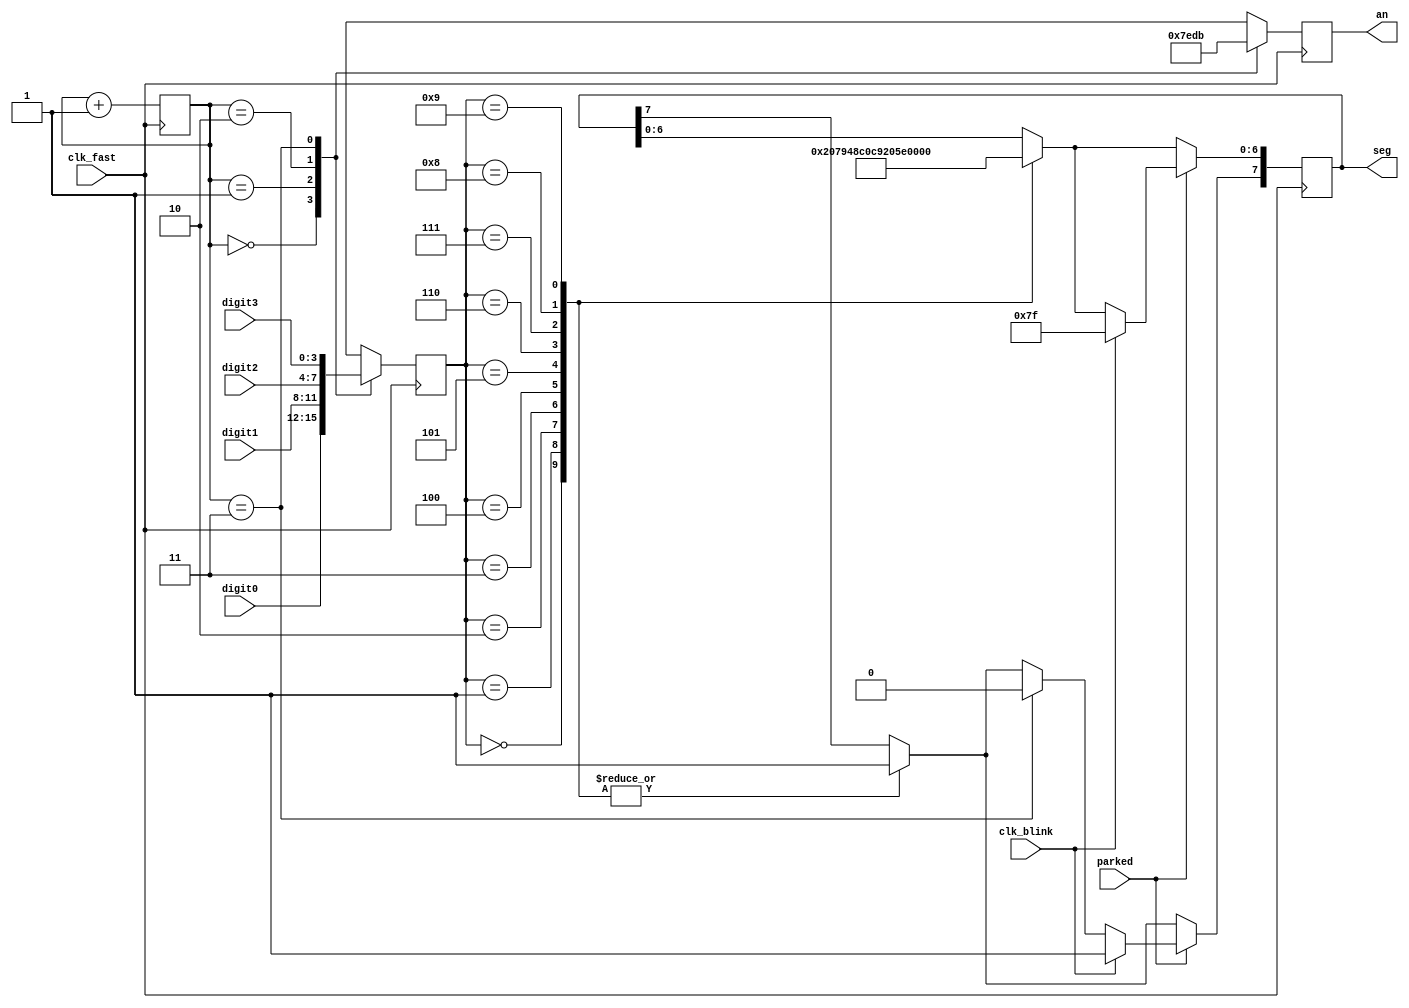
`timescale 1ns / 1ps
//////////////////////////////////////////////////////////////////////////////////
// Company: 
// Engineer: 
// 
// Design Name: 
// Module Name:    display_control 
// Project Name: 
// Target Devices: 
// Tool versions: 
// Description: 
//
// Dependencies: 
//
// Revision: 
// Revision 0.01 - File Created
// Additional Comments: 
//
//////////////////////////////////////////////////////////////////////////////////
module display_control(
    input clk_fast,
    input clk_blink,
    input parked,
    input [3:0] digit3,
    input [3:0] digit2,
    input [3:0] digit1,
    input [3:0] digit0,
    output reg [7:0] seg,
    output reg [3:0] an
    );

	reg [1:0] digit = 0;
	reg [3:0] value = 0;
	
	always @(posedge clk_fast) begin
		case (digit)
			0: value <= digit0;
			1: value <= digit1;
			2: value <= digit2;
			3: value <= digit3;
		endcase
		
		case (value)
			0: seg <= 'b11000000;
			1: seg <= 'b11111001;
			2: seg <= 'b10100100;
			3: seg <= 'b10110000;
			4: seg <= 'b10011001;
			5: seg <= 'b10010010;
			6: seg <= 'b10000010;
			7: seg <= 'b11111000;
			8: seg <= 'b10000000;
			9: seg <= 'b10010000;
		endcase
		
		if (parked) begin
			if (clk_blink)
				seg <= 'b11111111;
			else if (digit == 3)
				seg[7] <= 0;
		end
		
		case (digit)
			0: an <= 'b0111;
			1: an <= 'b1110;
			2: an <= 'b1101;
			3: an <= 'b1011;
		endcase
		
		digit <= digit + 1;
	end

endmodule